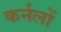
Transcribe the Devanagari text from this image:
कर्नलों